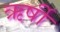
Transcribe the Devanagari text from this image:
ऋर्षी